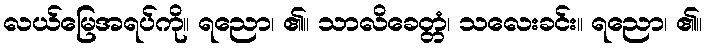
လယ်မြေအရပ်ကို။ ရညော၊ ၏။ သာလိခေတ္တံ၊ သလေးခင်း။ ရညော၊ ၏။